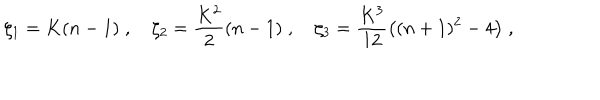
LaTeX: \zeta _ { 1 } = K ( n - 1 ) \; , \quad \zeta _ { 2 } = \frac { K ^ { 2 } } { 2 } ( n - 1 ) \; , \quad \zeta _ { 3 } = \frac { K ^ { 3 } } { 1 2 } \big ( ( n + 1 ) ^ { 2 } - 4 \big ) \; ,